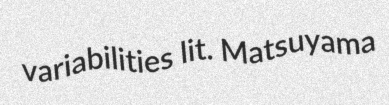
variabilities lit. Matsuyama